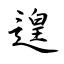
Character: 遑